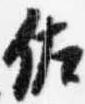
佐